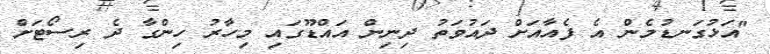
"އަޅުގަނޑުމެން އެ ފެއާއަށް ދައުވަތު ދިނިން އައްޑޫގައި މިހާރު ހިންގާ ދެ ރިސޯޓަށް